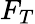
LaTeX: F_{T}